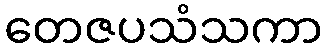
တေဇပသံသကာ